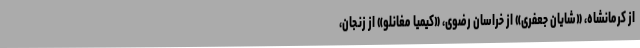
از کرمانشاه، «شایان جعفری» از خراسان رضوی، «کیمیا مغانلو» از زنجان،